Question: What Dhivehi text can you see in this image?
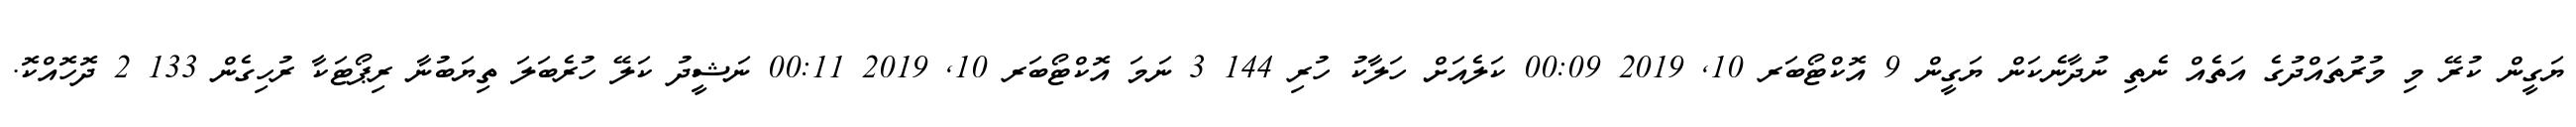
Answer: ޔަގީން ކުރޭ މި މުރުތައްދުގެ އަތެއް ނެތި ނުދާނެކަން ޔަގީން 9 އޮކްޓޯބަރ 10, 2019 00:09 ކަލެއަށް ހަލާކު ހުރި 144 3 ނަމަ އޮކްޓޯބަރ 10, 2019 00:11 ނަޝީދު ކަލޭ ހުރެބަލަ ތިޔަބުނާ ރިޕޯޓަކާ ރުހިގެން 133 2 ދޮހޮއްކޮ.